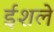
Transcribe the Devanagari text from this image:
ईशले